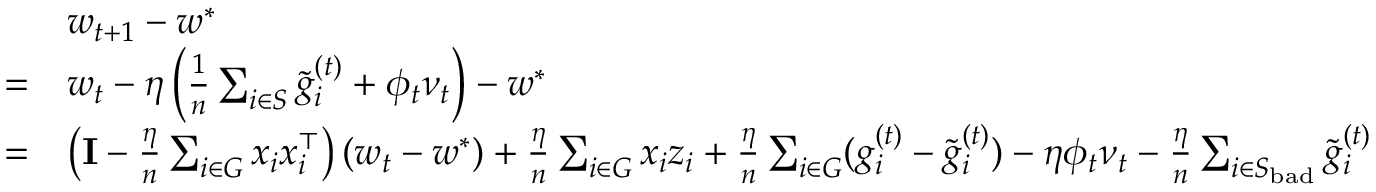
\begin{array} { r l } & { w _ { t + 1 } - w ^ { * } } \\ { = } & { w _ { t } - \eta \left( \frac { 1 } { n } \sum _ { i \in S } \tilde { g } _ { i } ^ { ( t ) } + \phi _ { t } \nu _ { t } \right) - w ^ { * } } \\ { = } & { \left( \mathbf { I } - \frac { \eta } { n } \sum _ { i \in G } x _ { i } x _ { i } ^ { \top } \right) ( w _ { t } - w ^ { * } ) + \frac { \eta } { n } \sum _ { i \in G } x _ { i } z _ { i } + \frac { \eta } { n } \sum _ { i \in G } ( g _ { i } ^ { ( t ) } - \tilde { g } _ { i } ^ { ( t ) } ) - \eta \phi _ { t } \nu _ { t } - \frac { \eta } { n } \sum _ { i \in S _ { \mathrm { b a d } } } \tilde { g } _ { i } ^ { ( t ) } } \end{array}